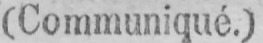
(Communiqué.)